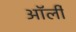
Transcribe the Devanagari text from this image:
ऑर्ली